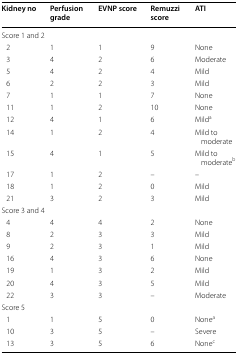
| Kidney no | Perfusion grade | EVNP score | Remuzzi score | ATI |
 | --- | --- | --- | --- | --- |
 | <COLSPAN=5> Score 1 and 2 |
 | 2 | 1 | 1 | 9 | None |
 | 3 | 4 | 2 | 6 | Moderate |
 | 5 | 4 | 2 | 4 | Mild |
 | 6 | 2 | 2 | 3 | Mild |
 | 7 | 1 | 1 | 7 | None |
 | 11 | 1 | 2 | 10 | None |
 | 12 | 4 | 1 | 6 | Milda |
 | 14 | 1 | 2 | 4 | Mild to moderate |
 | 15 | 4 | 1 | 5 | Mild to moderateb |
 | 17 | 1 | 2 | – | – |
 | 18 | 1 | 2 | 0 | Mild |
 | 21 | 3 | 2 | 3 | Mild |
 | <COLSPAN=5> Score 3 and 4 |
 | 4 | 4 | 4 | 2 | None |
 | 8 | 2 | 3 | 3 | Mild |
 | 9 | 2 | 3 | 1 | Mild |
 | 16 | 4 | 3 | 6 | None |
 | 19 | 1 | 3 | 2 | Mild |
 | 20 | 4 | 3 | 5 | Mild |
 | 22 | 3 | 3 | – | Moderate |
 | Score 5 |  |  |  |  |
 | 1 | 1 | 5 | 0 | Nonea |
 | 10 | 3 | 5 | – | Severe |
 | 13 | 3 | 5 | 6 | Nonec |